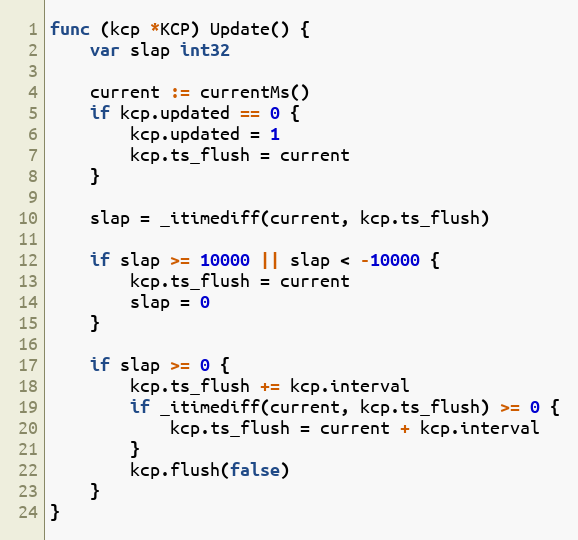
Language: Go
func (kcp *KCP) Update() {
	var slap int32

	current := currentMs()
	if kcp.updated == 0 {
		kcp.updated = 1
		kcp.ts_flush = current
	}

	slap = _itimediff(current, kcp.ts_flush)

	if slap >= 10000 || slap < -10000 {
		kcp.ts_flush = current
		slap = 0
	}

	if slap >= 0 {
		kcp.ts_flush += kcp.interval
		if _itimediff(current, kcp.ts_flush) >= 0 {
			kcp.ts_flush = current + kcp.interval
		}
		kcp.flush(false)
	}
}